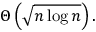
\Theta \left( { \sqrt { n \log n } } \right) .